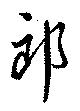
郎